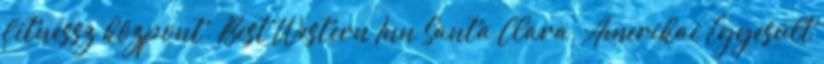
fitnessz központ. Best Western Inn Santa Clara, Amerikai Egyesült